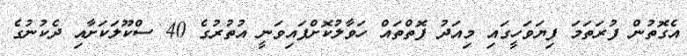
އެގޮތުން ފުރަތަމަ ފިޔަވަހީގައި މިއަދު ފޮތްތައް ހަވާލުކޮށްފައިވަނީ އުތުރުގެ 40 ސްކޫލަކަށާއި ދެކުނުގެ